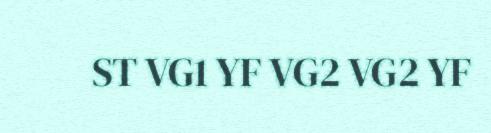
ST VG1 YF VG2 VG2 YF